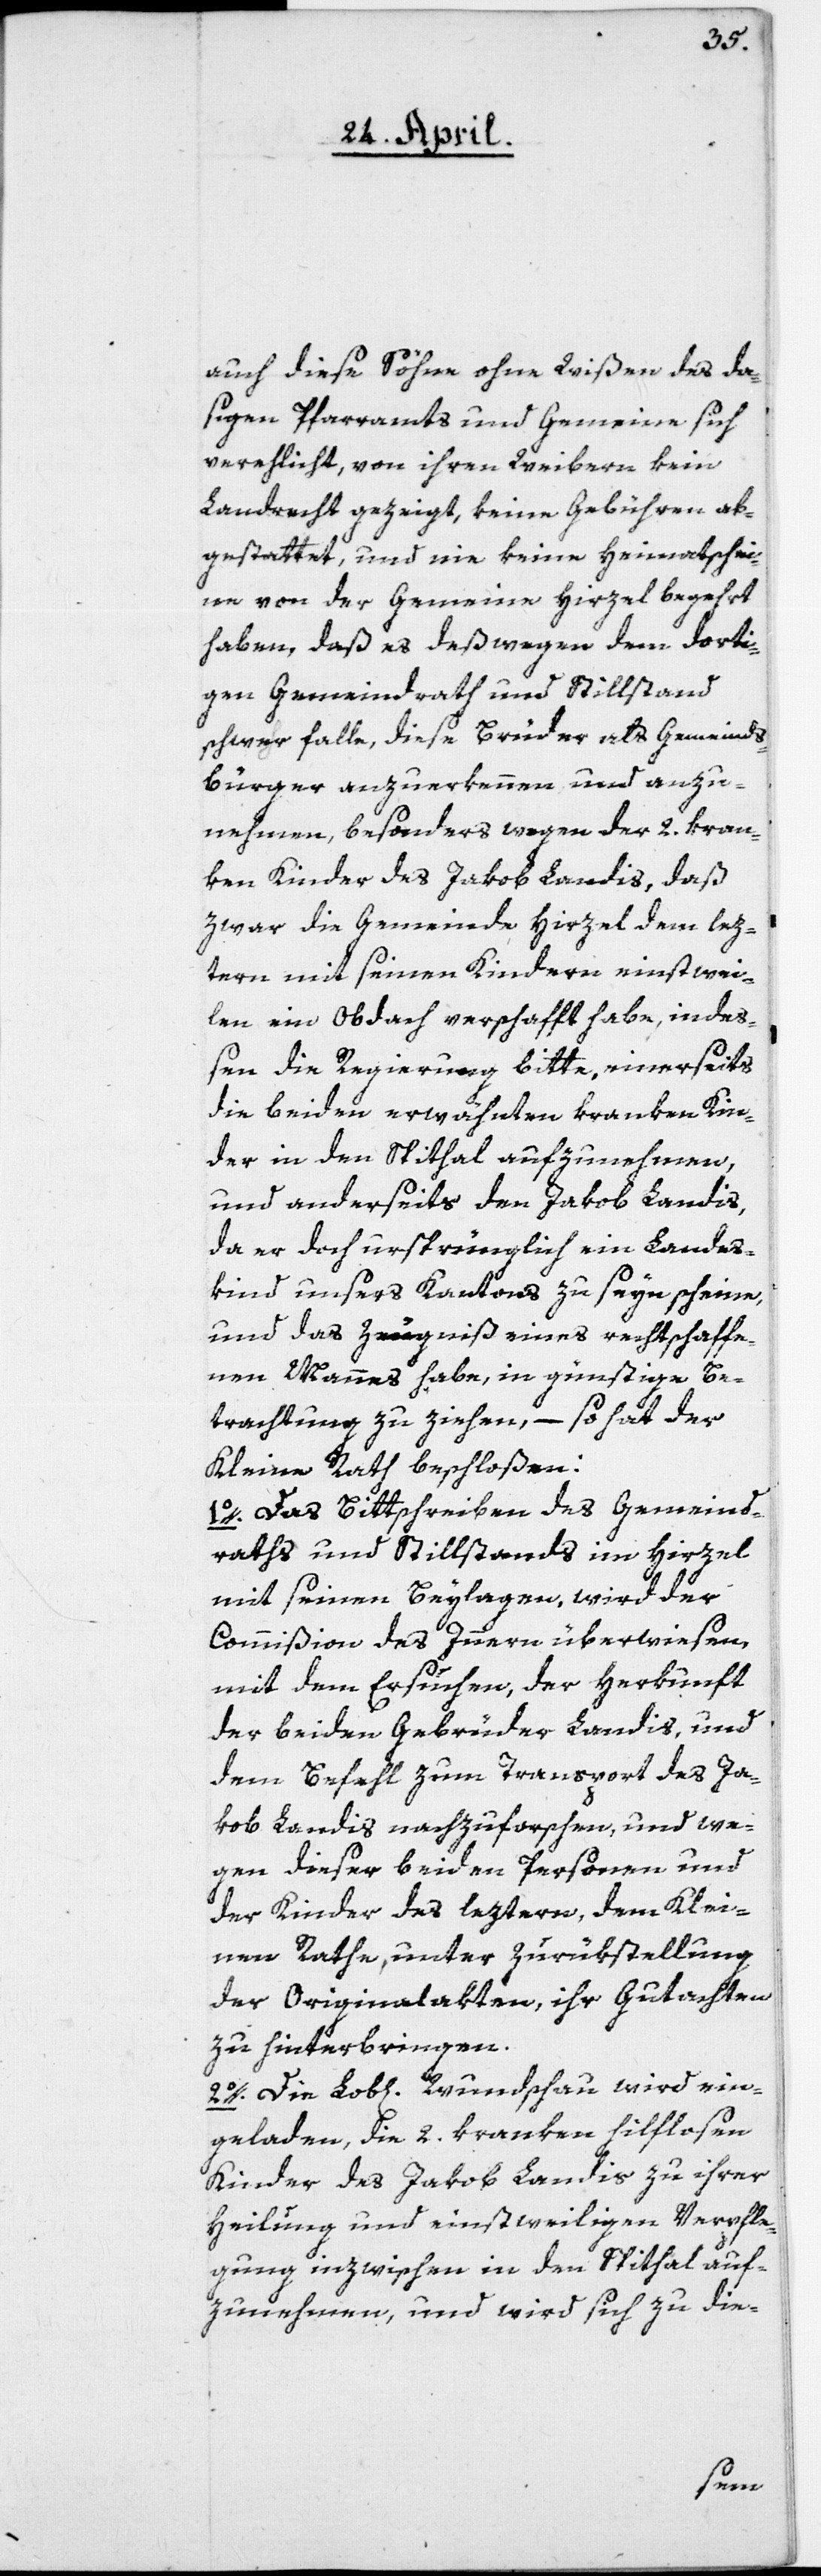
auch diese Söhne ohne Wißen des da¬
sigen Pfarramts und Gemeine sich
verehelicht, von ihren Weibern kein
Landrecht gezeigt, keine Gebühren ab¬
gestattet, und nie keine Heimathschei¬
ne von der Gemeine Hirzel begehrt
haben, daß es deßwegen dem dorti¬
gen Gemeindrath und Stillstand
schwer falle, diese Brüder als Gemeinds¬
bürger anzuerkennen und anzu¬
nehmen, besonders wegen der 2. kran¬
ken Kinder des Jakob Landis, daß
zwar die Gemeinde Hirzel dem lez¬
tern mit seinen Kindern einstwei¬
len ein Obdach verschafft habe, indeß¬
en die Regierung bitte, einerseits
die beiden erwähnten kranken Kin¬
der in den Spithal aufzunehmen,
und anderseits den Jakob Landis,
da er doch ursprünglich ein Landes¬
kind unseres Kantons zu seyn scheine,
und das Zeugniß eines rechtschaffe¬
nen Mannes habe, in günstige Be¬
trachtung zu ziehen, – so hat der
Kleine Rath beschloßen:
1o. Das Bittschreiben des Gemeind¬
raths und Stillstands im Hirzel
mit seinen Beylagen, wird der
Commißion des Innern überwiesen,
mit dem Ersuchen, der Herkunft
der beiden Gebrüder Landis, und
dem Befehl zum Transport des Ja¬
kob Landis nachzuforschen, und we¬
gen dieser beiden Personen und
der Kinder des leztern, dem Klei¬
nen Rathe, unter Zurükstellung
der Originalakten, ihr Gutachten
zu hinterbringen.
2o. Die Lob[lichen] Wundschau wird ein¬
geladen, die 2. kranken hilflosen
Kinder des Jakob Landis zu ihrer
Heilung und einstweiligen Verpfle¬
gung inzwischen in den Spithal auf¬
zunehmen, und wird sich zu die-